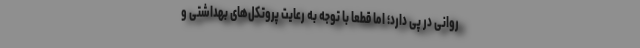
روانی در پی دارد؛ اما قطعاً با توجه به رعایت پروتکل‌های بهداشتی و